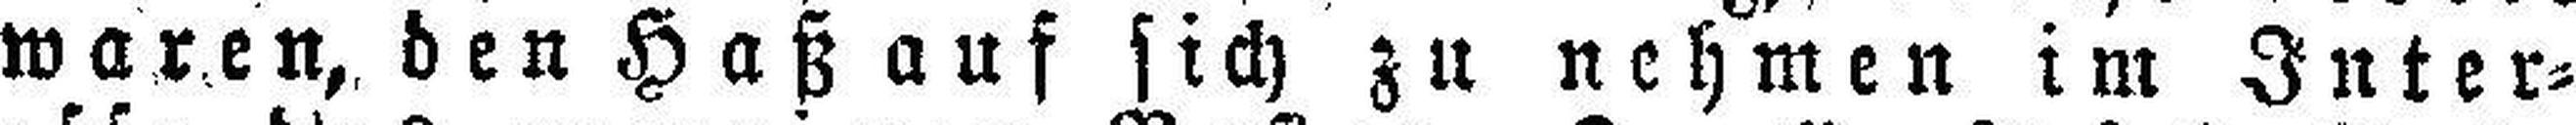
waren, den Haß auf sich zu nehmen im Inter¬